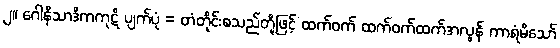
၂။ ဂေါနိသာဒိကကုဋိ ပျက်ပုံ = တံတိုင်းစသည်တို့ဖြင့် ထက်ဝက် ထက်ဝက်ထက်အလွန် ကာရံမိသော်